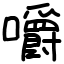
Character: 嚼